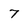
Character: 7